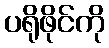
ပရိုဖိုင်ကို